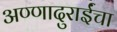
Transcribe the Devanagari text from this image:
अण्णादुराईंचा